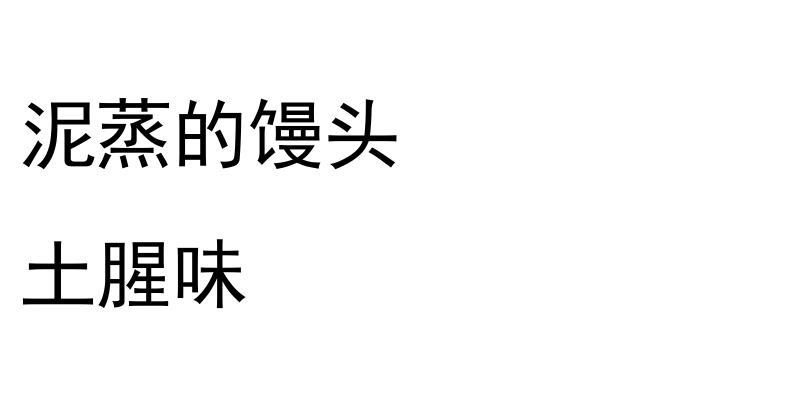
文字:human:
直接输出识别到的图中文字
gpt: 泥蒸的馒头 土腥味